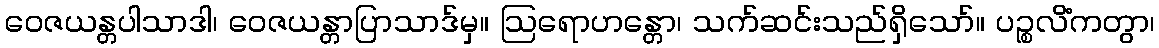
ဝေဇယန္တပါသာဒါ၊ ဝေဇယန္တာပြာသာဒ်မှ။ ဩရောဟန္တော၊ သက်ဆင်းသည်ရှိသော်။ ပဉ္စလိံကတွာ၊